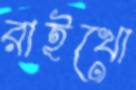
রাইখো